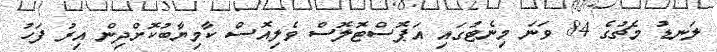
ލަނޑު މެޗުގެ 84 ވަނަ މިނެޓުގައި އަޕޮސްޓޮލޮސް ވެލިއޮސް ކާމިޔާބުކޮށްދިން އިރު ފަހު